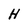
Character: H